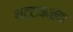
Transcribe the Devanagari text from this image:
भट्टाकळंक